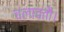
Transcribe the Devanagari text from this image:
चलावतौ।